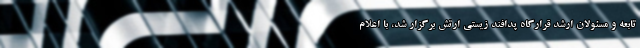
تابعه و مسئولان ارشد قرارگاه پدافند زیستی ارتش برگزار شد، با اعلام